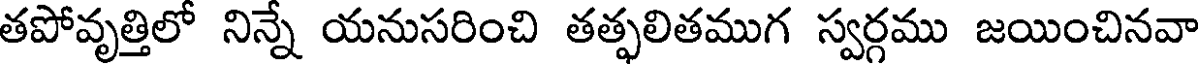
తపోవృత్తిలో నిన్నే యనుసరించి తత్ఫలితముగ స్వర్గము జయించినవా